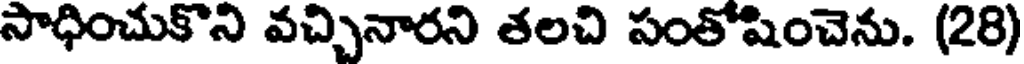
సాధించుకొని వచ్చినారని తలచి సంతోషించెను. (28)